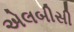
એલબીસી